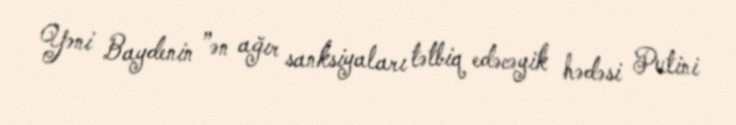
Yəni Baydenin ”ən ağır sanksiyaları tətbiq edəcəyik hədəsi Putini